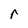
Character: r